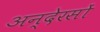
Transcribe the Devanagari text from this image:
अन्देरसों